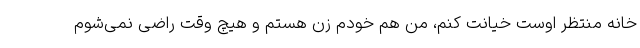
خانه منتظر اوست خیانت کنم، من هم خودم زن هستم و هیچ وقت راضی نمی‌شوم